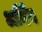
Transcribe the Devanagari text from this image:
अर्निंग